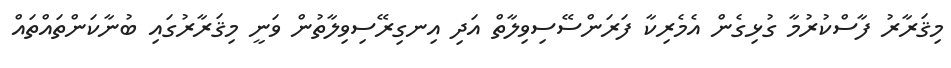
މިޤަރާރު ފާސްކުރުމާ ގުޅިގެން އެމެރިކާ ފަރަންސޭސިވިލާތް އަދި އިނގިރޭސިވިލާތުން ވަނީ މިޤަރާރުގައި ބުނާކަންތައްތައް